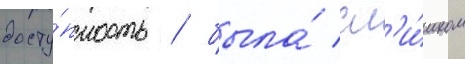
досту́пность / была́ сл'и́шком